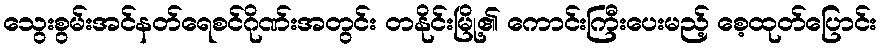
သွေးစွမ်းအင်နတ်ရေစင်ဂိုဏ်းအတွင်း တနိုင်းမြို့၏ ကောင်းကြီးပေးမည့် စေ့ထုတ်ပြောင်း